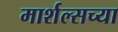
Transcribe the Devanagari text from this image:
मार्शल्सच्या